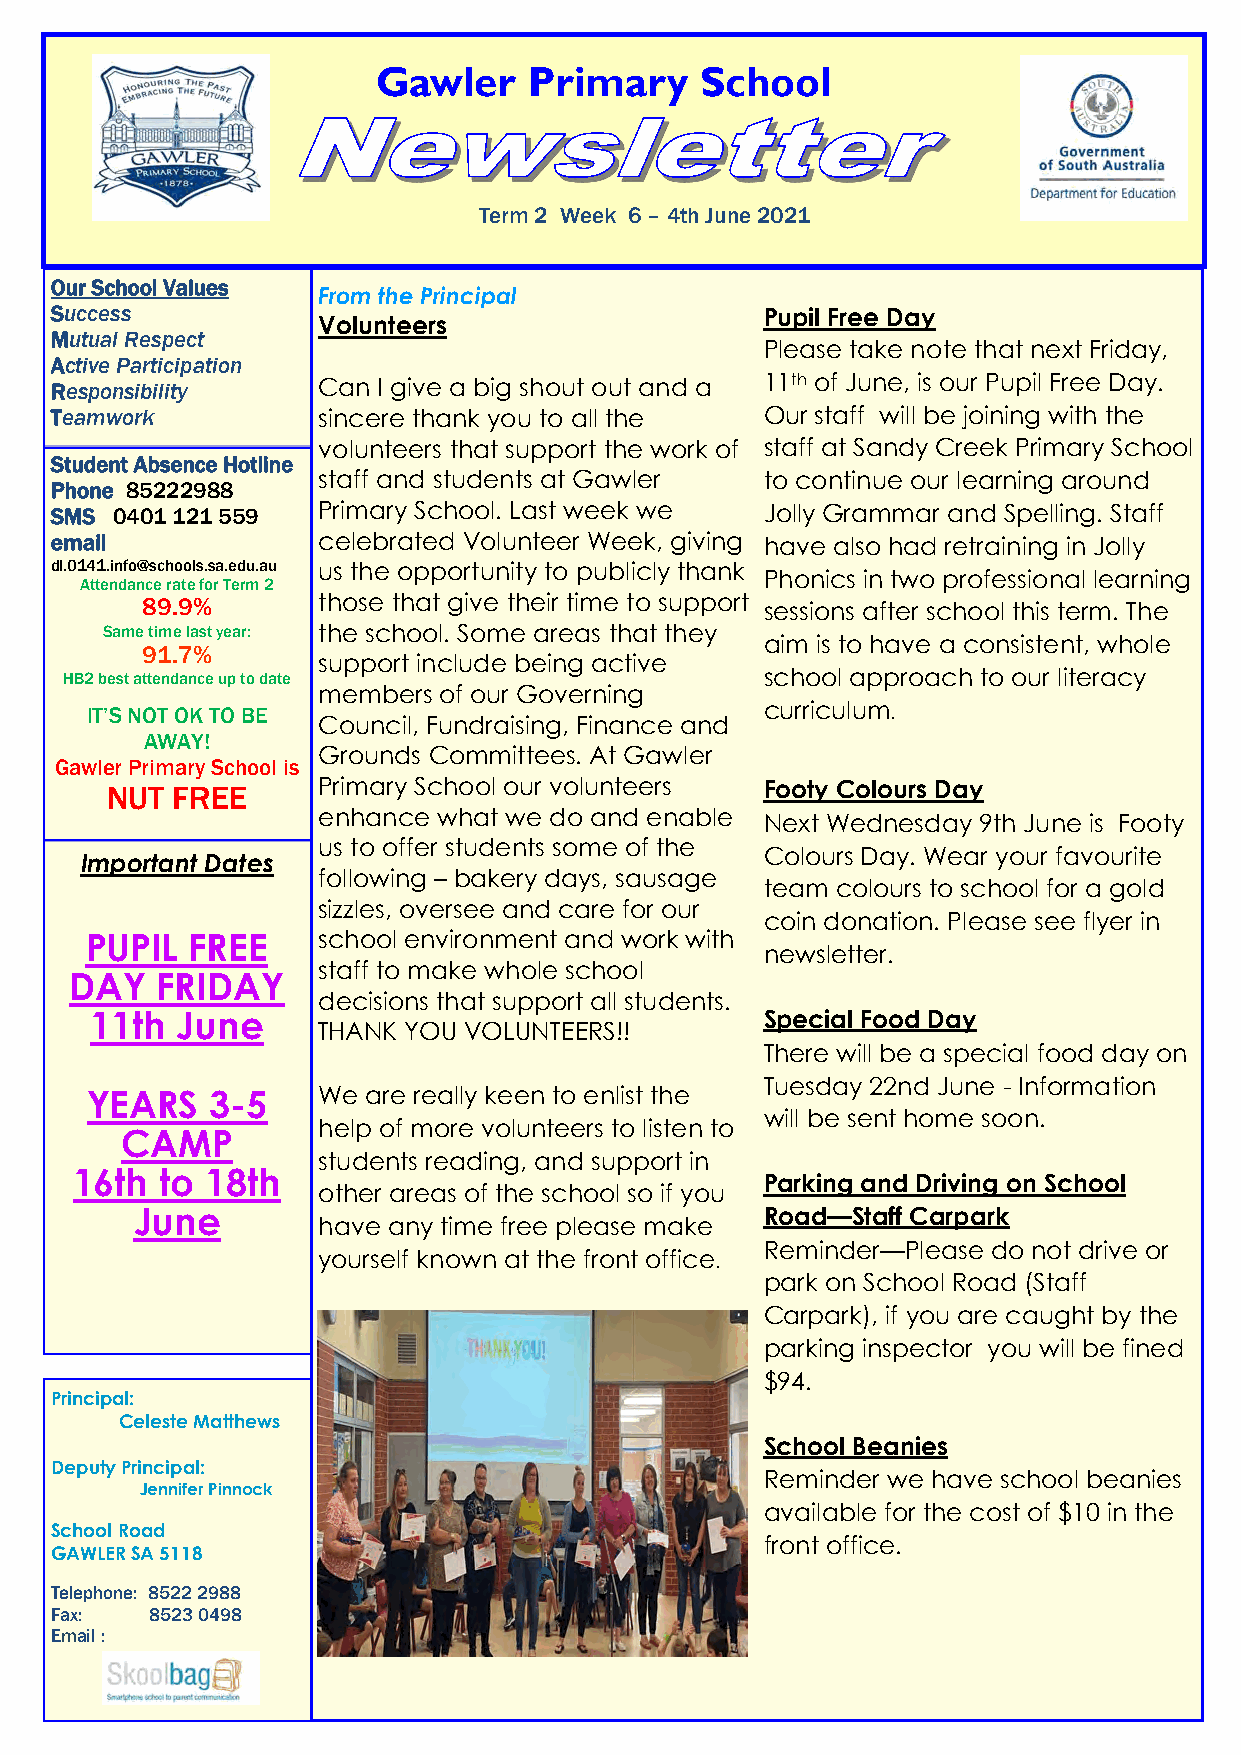
Gawler    Primary    School
 Term 2 Week 6 – 4th June 2021
 Our School Values
 F r o m t h e P r i n cipal
 Success                                         Pupil Free Day
 Volunteers
 Mutual Respect
 Please take note that next Friday,
 Active Participation
 Responsibility    Can I give a big shout out and a 11th of June, is our Pupil Free Day.
 Teamwork          sincere thank you to all the  Our staff will be joining with the
 volunteers that support the work of staff at Sandy Creek Primary School
 Student Absence Hotline
 staff and students at Gawler  to continue our learning around
 Phone 85222988
 SMS 0401 121 559  Primary School. Last week we  Jolly Grammar and Spelling. Staff
 email             celebrated Volunteer Week, giving have also had retraining in Jolly
 dl.0141.info@schools.sa.edu.au us the opportunity to publicly thank
 Phonics in two professional learning
 Attendance rate for Term 2
 89.9%       those that give their time to support sessions after school this term. The
 Same time last year: the school. Some areas that they
 aim is to have a consistent, whole
 91.7%
 support include being active
 HB2 best attendance up to date                 school approach to our literacy
 members of our Governing
 IT’S NOT OK TO BE                            curriculum.
 Council, Fundraising, Finance and
 AWAY!
 Grounds Committees. At Gawler
 Gawler Primary School is
 NUT FREE      Primary School our volunteers Footy Colours Day
 enhance what we do and enable Next Wednesday 9th June is Footy
 us to offer students some of the
 Colours Day. Wear your favourite
 Important Dates
 following – bakery days, sausage
 team colours to school for a gold
 sizzles, oversee and care for our
 coin donation. Please see flyer in
 PUPIL  FREE    school environment and work with
 newsletter.
 staff to make whole school
 DAY  FRIDAY
 decisions that support all students.
 11th  June                                   Special Food Day
 THANK YOU VOLUNTEERS!!
 There will be a special food day on
 Tuesday 22nd June - Information
 YEARS   3-5    We are really keen to enlist the
 will be sent home soon.
 help of more volunteers to listen to
 CAMP
 students reading, and support in
 16th  to 18th                                 Parking and Driving on School
 other areas of the school so if you
 June                                      Road—Staff Carpark
 have any time free please make
 yourself known at the front office.
 Reminder—Please do not drive or
 park on School Road (Staff
 Carpark), if you are caught by the
 parking inspector you will be fined
 $94.
 Principal:
 Celeste Matthews
 School Beanies
 Deputy Principal:
 Reminder we have school beanies
 Jennifer Pinnock
 available for the cost of $10 in the
 School Road
 front office.
 GAWLER SA 5118
 Telephone: 8522 2988
 Fax:   8523 0498
 Email :